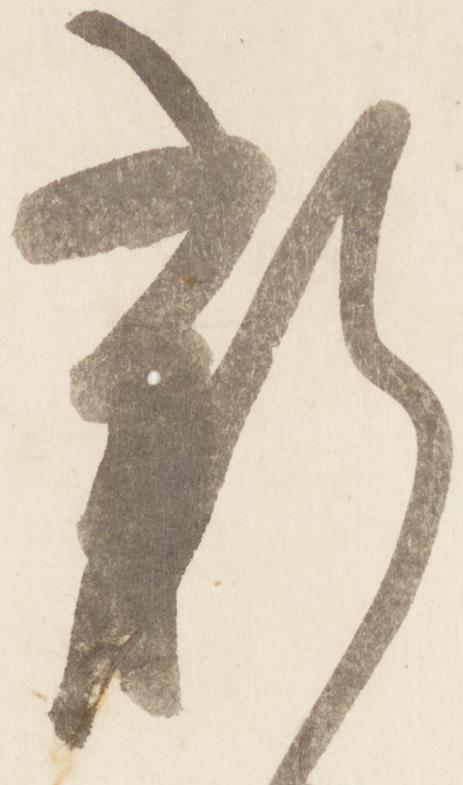
新